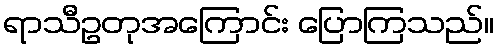
ရာသီဥတုအကြောင်း ပြောကြသည်။